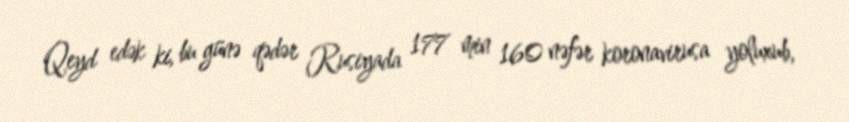
Qeyd edək ki, bu günə qədər Rusiyada 177 min 160 nəfər koronavirusa yoluxub,